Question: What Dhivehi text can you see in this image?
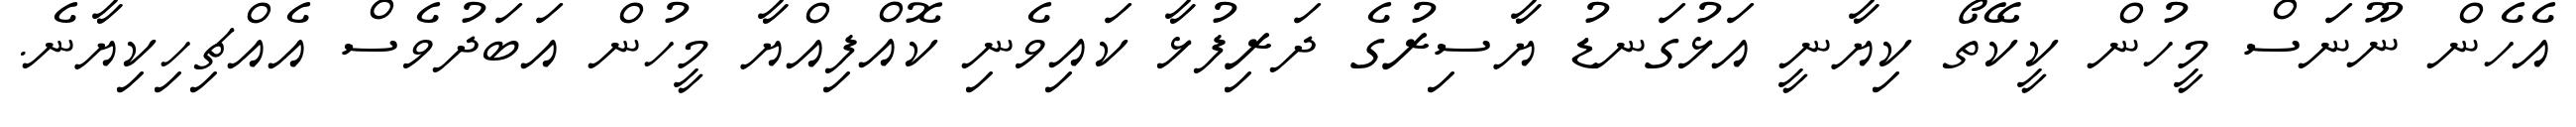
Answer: އެހެން ނޫނަސް މީހުން ކީކޭތޯ ކިޔާނީ އަޅުގަނޑު ޔާސިރުގެ ދަރިފުޅާ ކައިވެނި ކޮއްފިއްޔާ މީހުން އަބަދުވެސް އެއްޗިހިކިޔާނެ.